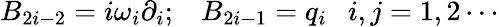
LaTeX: B_{2i-2}=i\omega_{i}\partial_{i};\; \; \; B_{2i-1}=q_{i}\ \ \ i,j=1,2\cdots